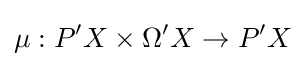
\mu :P'X\times \Omega 'X\to P'X